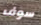
سوف